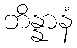
ဘိန္နာနံ